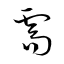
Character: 需